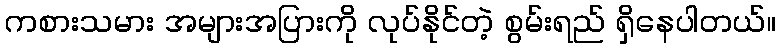
ကစားသမား အများအပြားကို လုပ်နိုင်တဲ့ စွမ်းရည် ရှိနေပါတယ်။